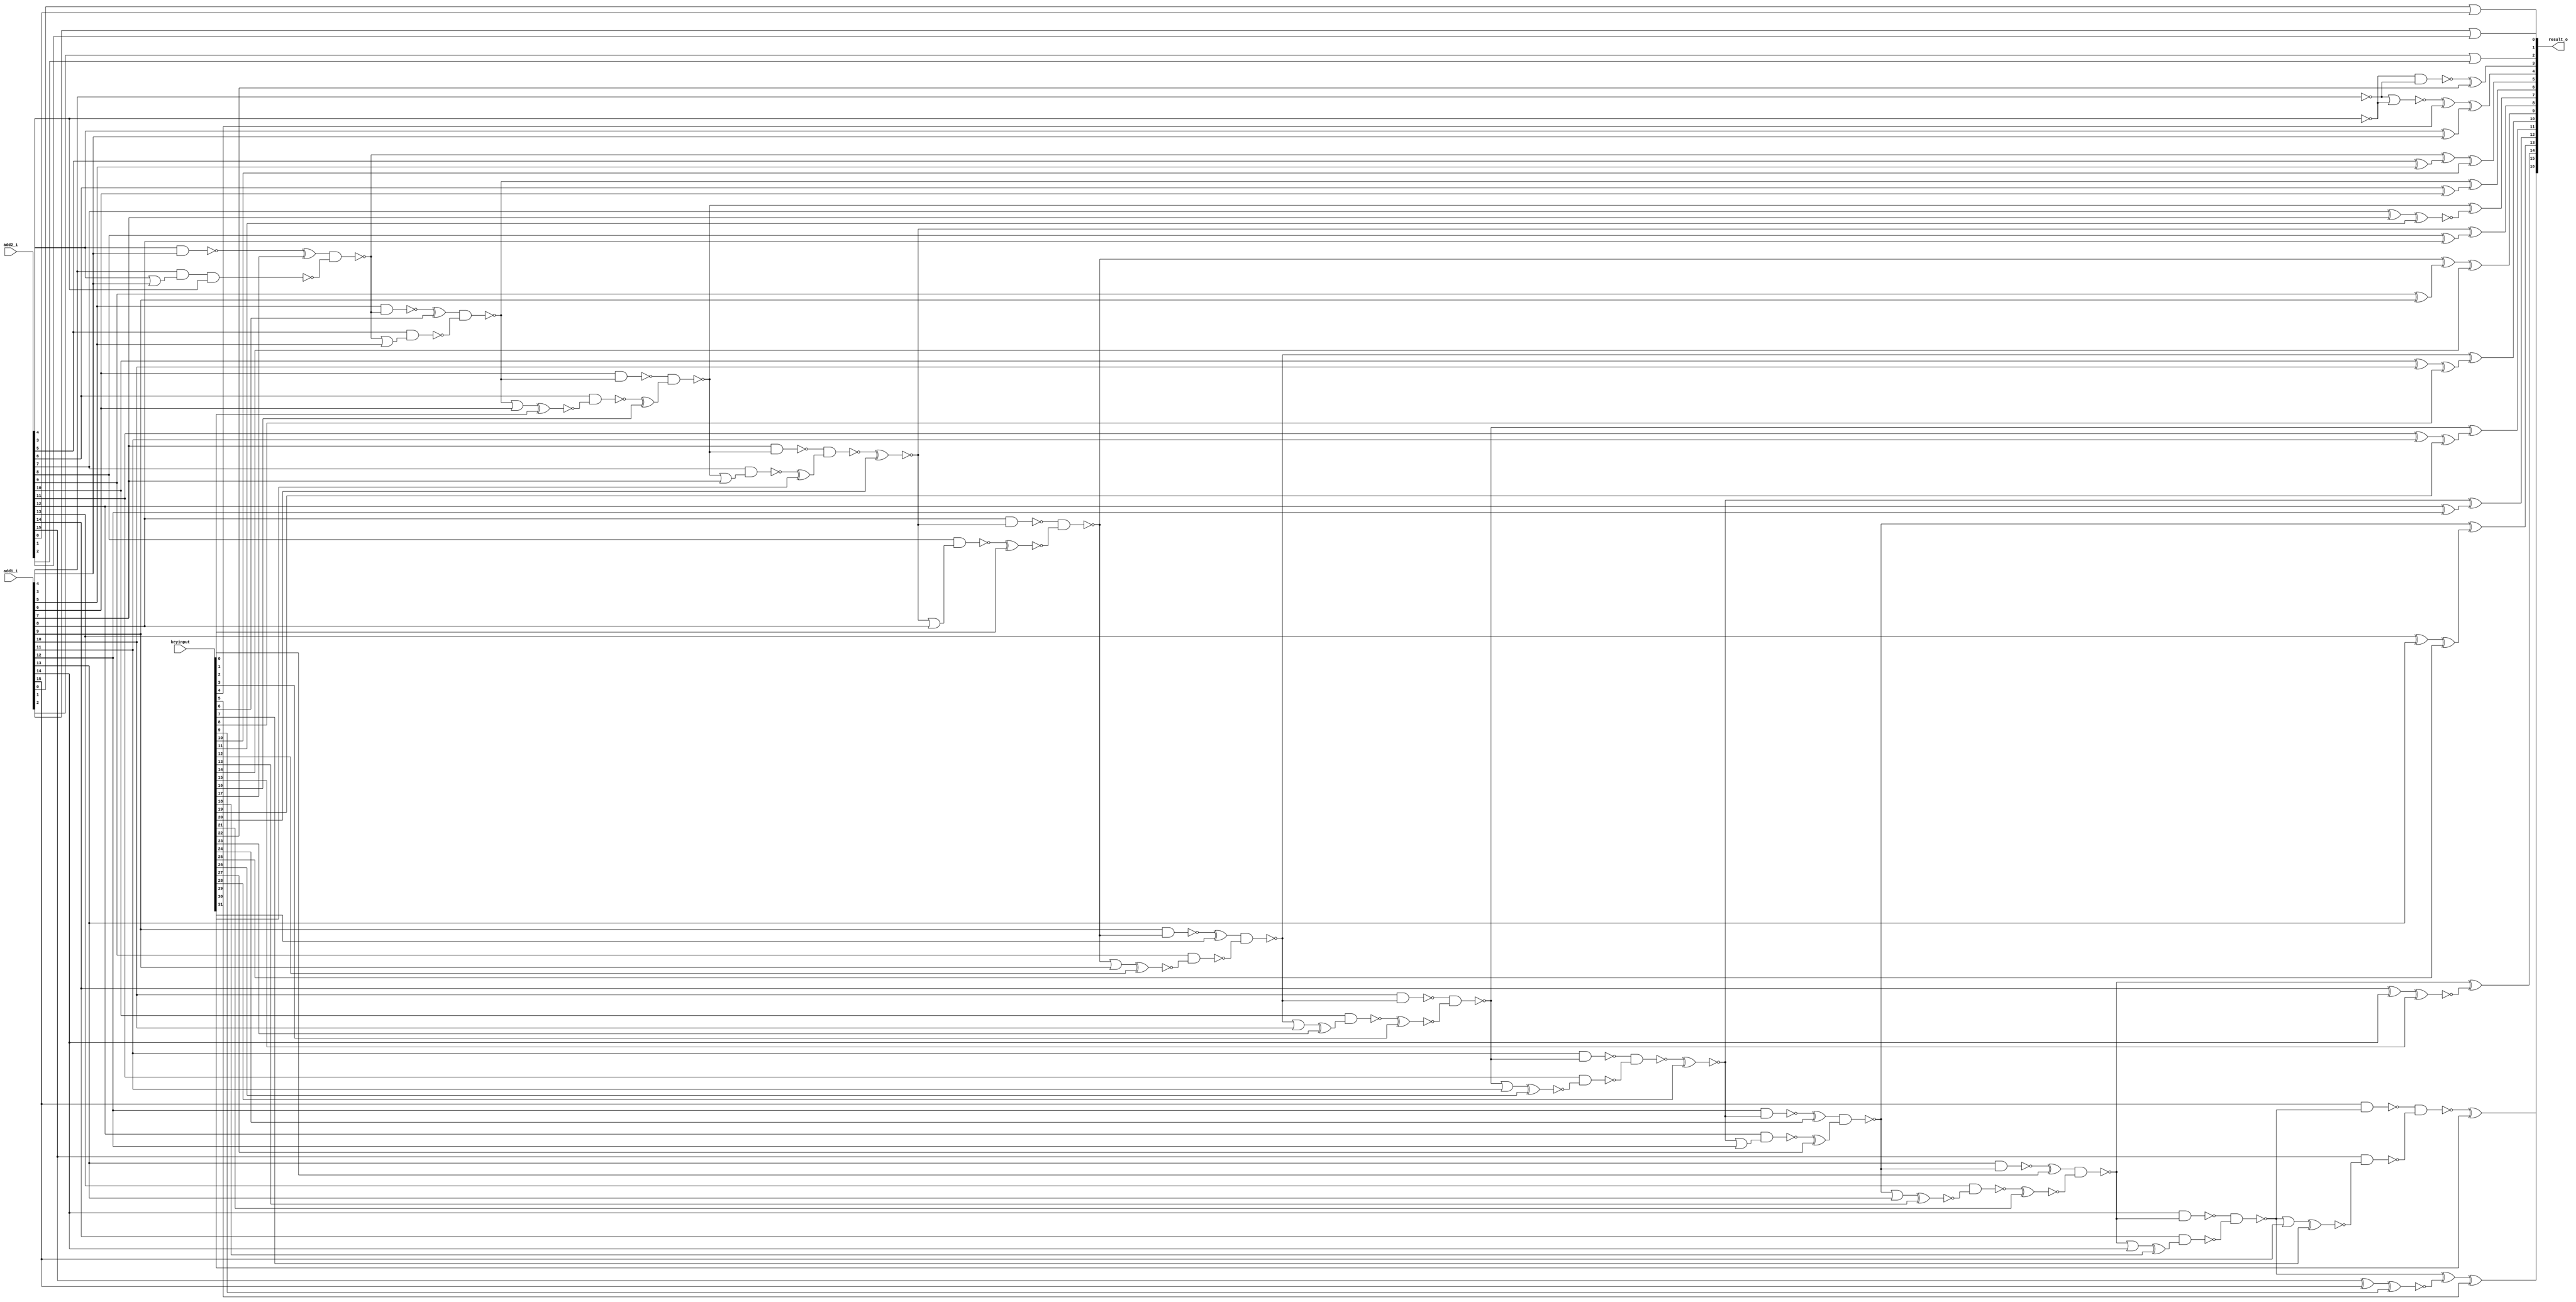
// Verilog File 
module lower_part_or_carry_lookahead_adder16_xor_enc32(add1_i,add2_i,keyinput,result_o);

input [15:0] add1_i, add2_i;
input [31:0] keyinput;


output [16:0] result_o;

wire n16, n17, xenc14, xenc20, n19, n20, xenc11, n21, n22, 
n23, n24, n25, xenc10, xenc4, n27, n31, xenc9, xenc5, n32, 
n36, xenc15, n37, n41, xenc25, n42, xenc28, n47, n51, xenc19, 
n52, n56, xenc8, n57, n15, n14, xenc22, xenc17, n74, n73, 
n75, xenc6, n71, n70, n72, n67, xenc16, xenc1, n68, n69, 
n64, xenc29, n18, n66, n65, n61, xenc2, n63, n62, xenc31, 
n59, n58, xenc12, n60, n53, xenc3, xenc23, n54, n55, n48, 
n49, n46, xenc26, n50, xenc24, xenc27, n43, n45, n44, xenc0, 
xenc21, n38, xenc13, n39, n40, n33, n34, xenc18, n35, n28, 
n29, xenc30, xenc7, n30, n26;

xor g0(xenc14, n16, n17);
xor g1(n17, add2_i[9], add1_i[9]);
xor g2(result_o[8], xenc20, n19);
xor g3(n19, add2_i[8], add1_i[8]);
xor g4(result_o[7], n20, xenc11);
xor g5(n21, add2_i[7], add1_i[7]);
xor g6(result_o[6], n22, n23);
xor g7(n23, add2_i[6], add1_i[6]);
xor g8(xenc10, n24, n25);
xor g9(n25, add2_i[5], add1_i[5]);
xor g10(result_o[4], xenc4, n27);
xor g11(n27, add2_i[4], add1_i[4]);
xor g12(xenc5, n31, xenc9);
xor g13(n32, add2_i[15], add1_i[15]);
xor g14(result_o[14], n36, xenc15);
xor g15(n37, add2_i[14], add1_i[14]);
xor g16(result_o[13], n41, xenc25);
xor g17(n42, add2_i[13], add1_i[13]);
xor g18(result_o[12], xenc28, n47);
xor g19(n47, add2_i[12], add1_i[12]);
xor g20(result_o[11], n51, xenc19);
xor g21(n52, add2_i[11], add1_i[11]);
xor g22(result_o[10], n56, xenc8);
xor g23(n57, add2_i[10], add1_i[10]);
nand g24(xenc22, n15, n14);
nand g25(n24, xenc17, n74);
nand g26(n73, add2_i[4], add1_i[4]);
nand g27(n74, add1_i[3], n75, add2_i[3]);
or g28(n75, add2_i[4], add1_i[4]);
nand g29(n22, xenc6, n71);
nand g30(n70, add1_i[5], n24);
nand g31(n71, add2_i[5], n72);
or g32(n72, n24, add1_i[5]);
nand g33(n20, n67, xenc16);
nand g34(n67, add1_i[6], n22);
nand g35(n68, add2_i[6], xenc1);
or g36(n69, n22, add1_i[6]);
nand g37(n18, n64, xenc29);
nand g38(n64, add1_i[7], n20);
nand g39(n65, add2_i[7], n66);
or g40(n66, n20, add1_i[7]);
nand g41(n16, n61, xenc2);
nand g42(n61, add1_i[8], xenc20);
nand g43(n62, add2_i[8], n63);
or g44(n63, xenc20, add1_i[8]);
nand g45(n56, xenc31, n59);
nand g46(n58, add1_i[9], n16);
nand g47(n59, add2_i[9], xenc12);
or g48(n60, n16, add1_i[9]);
nand g49(n51, n53, xenc3);
nand g50(n53, add1_i[10], n56);
nand g51(n54, add2_i[10], xenc23);
or g52(n55, n56, add1_i[10]);
nand g53(n46, n48, n49);
nand g54(n48, add1_i[11], n51);
nand g55(n49, add2_i[11], xenc26);
or g56(n50, n51, add1_i[11]);
nand g57(n41, xenc24, xenc27);
nand g58(n43, add1_i[12], xenc28);
nand g59(n44, add2_i[12], n45);
or g60(n45, xenc28, add1_i[12]);
nand g61(n36, xenc0, xenc21);
nand g62(n38, add1_i[13], n41);
nand g63(n39, add2_i[13], xenc13);
or g64(n40, n41, add1_i[13]);
nand g65(n31, n33, n34);
nand g66(n33, add1_i[14], n36);
nand g67(n34, add2_i[14], xenc18);
or g68(n35, n36, add1_i[14]);
nand g69(xenc30, n28, n29);
nand g70(n28, add1_i[15], n31);
nand g71(n29, add2_i[15], xenc7);
or g72(n30, n31, add1_i[15]);
nor g73(n26, n14, n15);
not g74(n14, add1_i[3]);
not g75(n15, add2_i[3]);
or g76(result_o[0], add1_i[0], add2_i[0]);
or g77(result_o[1], add1_i[1], add2_i[1]);
or g78(result_o[2], add1_i[2], add2_i[2]);
xor g79(xenc0, n38, keyinput[0]);
xnor g80(xenc1, n69, keyinput[1]);
xnor g81(xenc2, n62, keyinput[2]);
xnor g82(xenc3, n54, keyinput[3]);
xor g83(xenc4, n26, keyinput[4]);
xor g84(result_o[15], xenc5, keyinput[5]);
xor g85(xenc6, n70, keyinput[6]);
xnor g86(xenc7, n30, keyinput[7]);
xor g87(xenc8, n57, keyinput[8]);
xnor g88(xenc9, n32, keyinput[9]);
xor g89(result_o[5], xenc10, keyinput[10]);
xnor g90(xenc11, n21, keyinput[11]);
xnor g91(xenc12, n60, keyinput[12]);
xnor g92(xenc13, n40, keyinput[13]);
xor g93(result_o[9], xenc14, keyinput[14]);
xnor g94(xenc15, n37, keyinput[15]);
xor g95(xenc16, n68, keyinput[16]);
xor g96(xenc17, n73, keyinput[17]);
xor g97(xenc18, n35, keyinput[18]);
xor g98(xenc19, n52, keyinput[19]);
xnor g99(xenc20, n18, keyinput[20]);
xnor g100(xenc21, n39, keyinput[21]);
xor g101(result_o[3], xenc22, keyinput[22]);
xor g102(xenc23, n55, keyinput[23]);
xor g103(xenc24, n43, keyinput[24]);
xor g104(xenc25, n42, keyinput[25]);
xnor g105(xenc26, n50, keyinput[26]);
xor g106(xenc27, n44, keyinput[27]);
xnor g107(xenc28, n46, keyinput[28]);
xor g108(xenc29, n65, keyinput[29]);
xor g109(result_o[16], xenc30, keyinput[30]);
xor g110(xenc31, n58, keyinput[31]);
endmodule